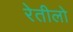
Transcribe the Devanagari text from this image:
रेतीलो